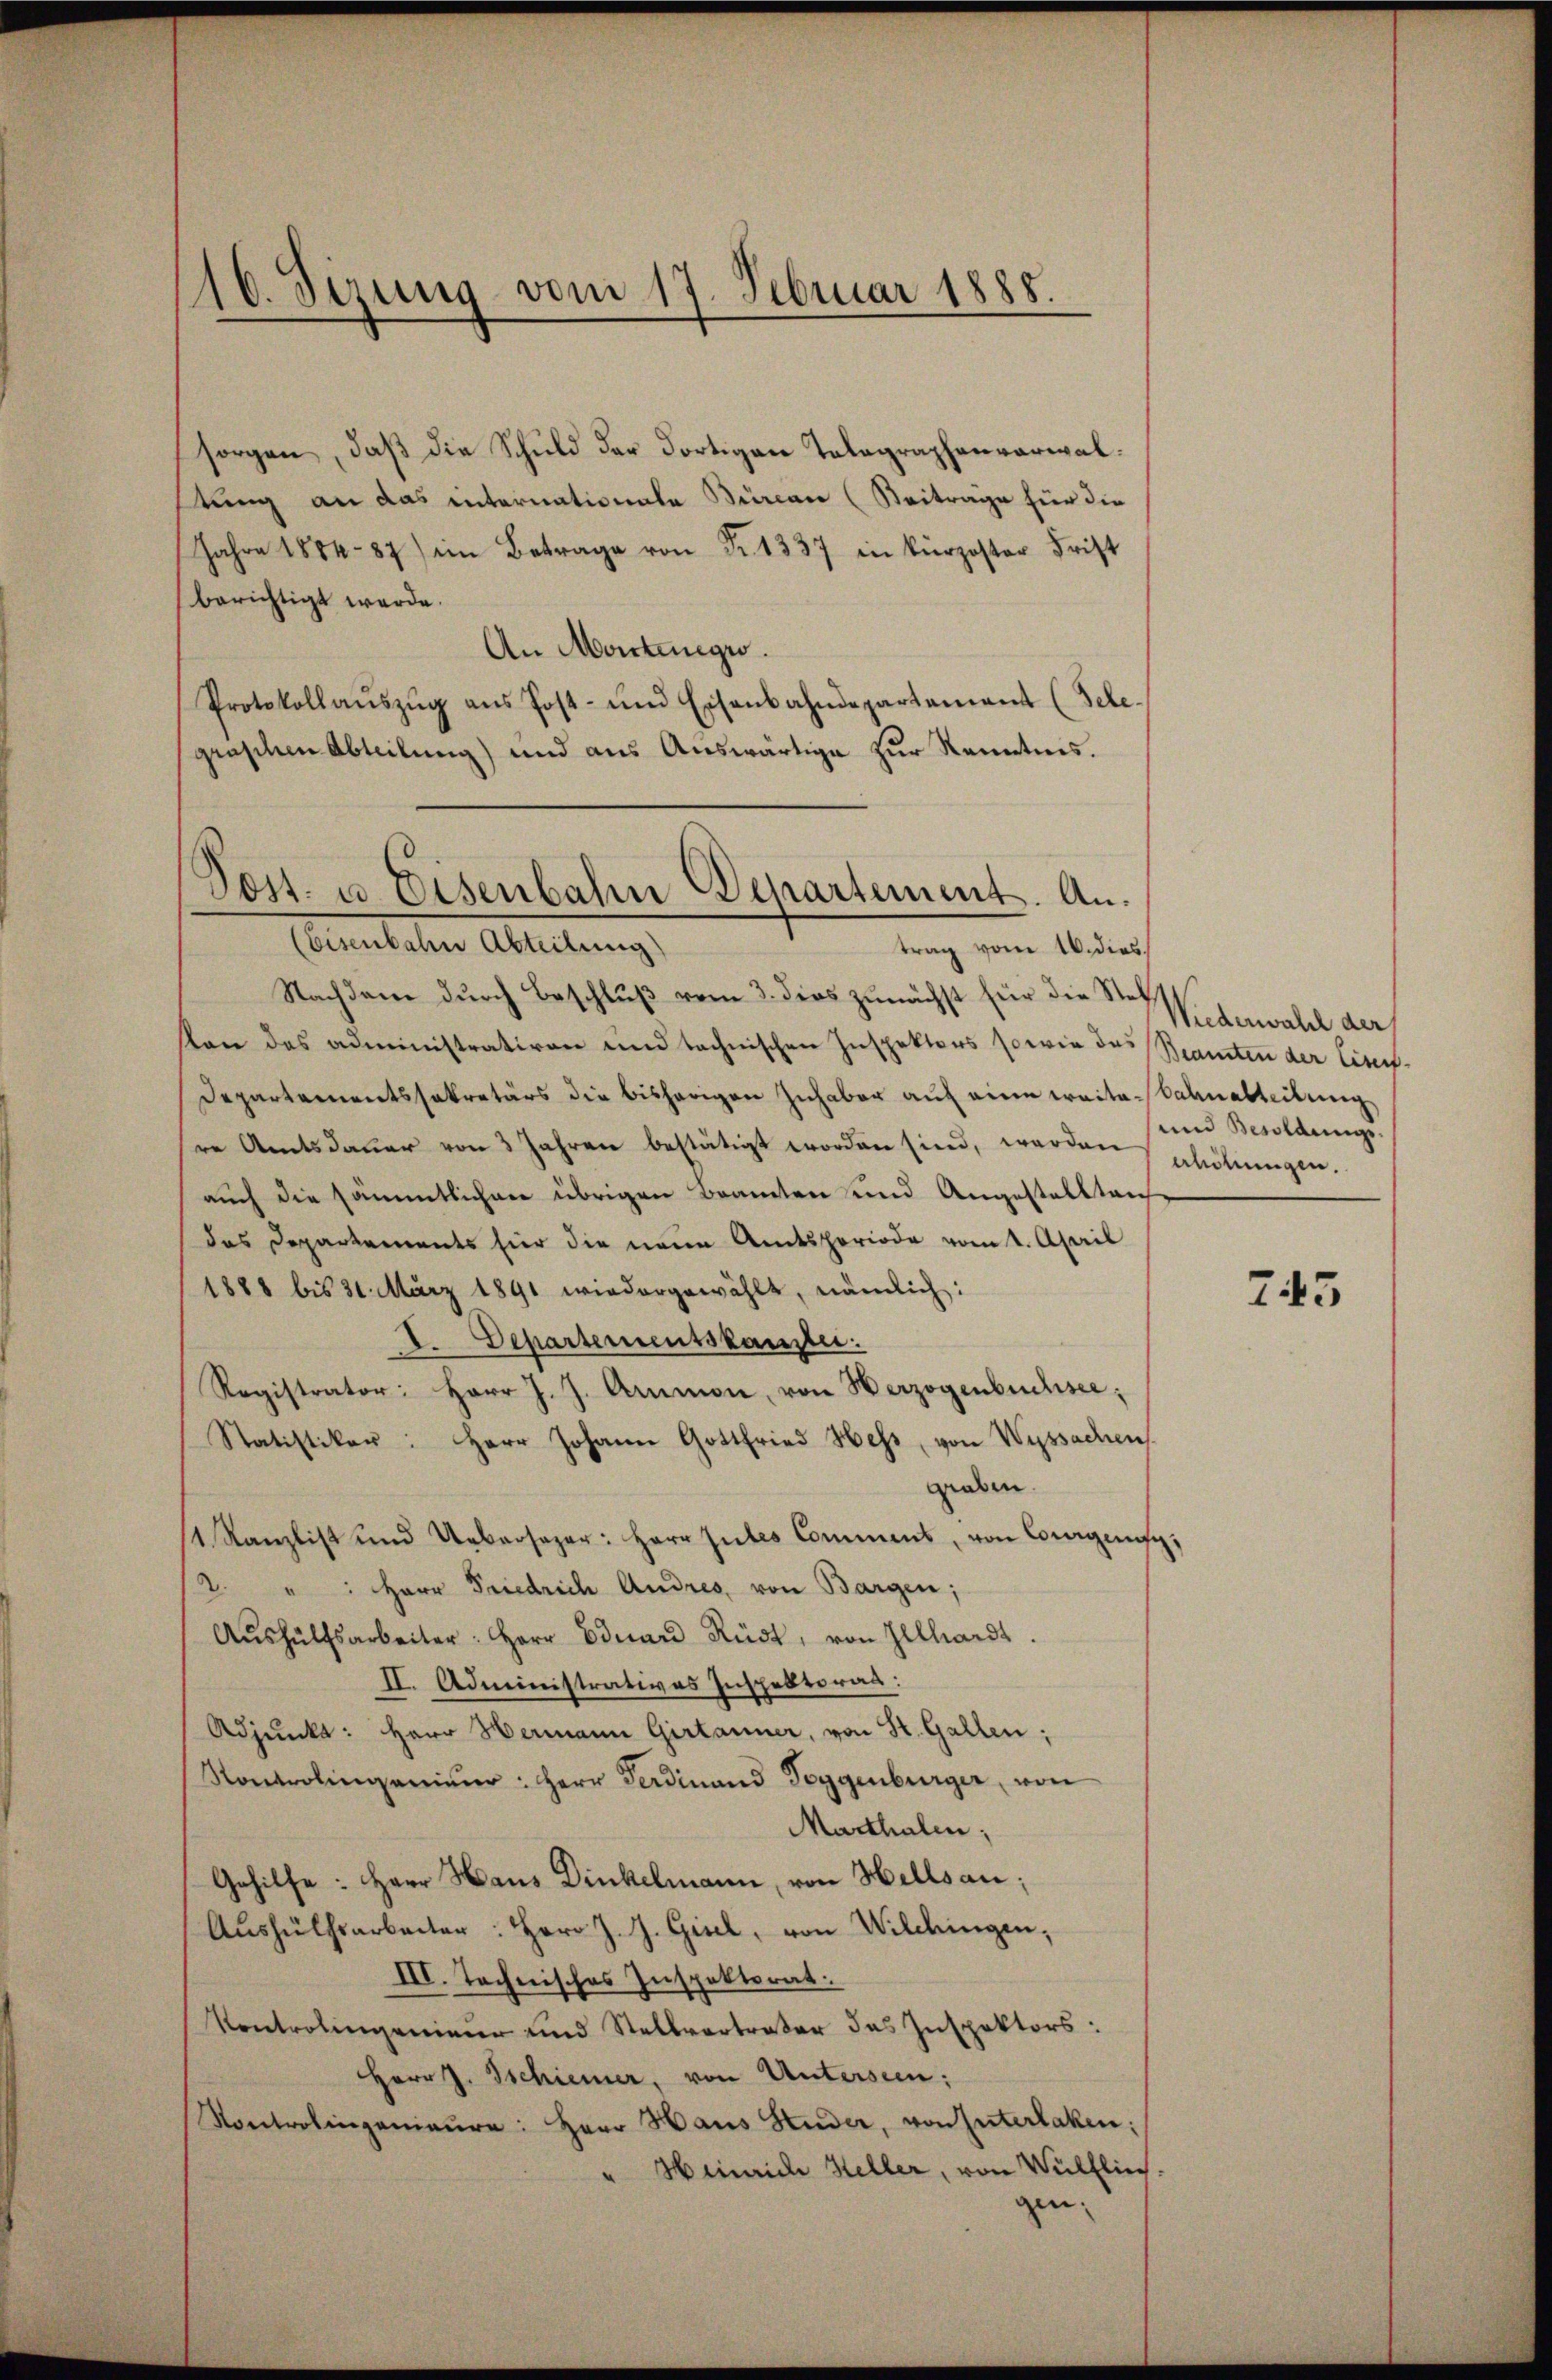
16. Sizung vom 17. Februar 1888.

sorgen, daß die Schuld der dortigen Telegraphenverwaltung an das internationate Bürcan (Beitrage für die
Jahre 1884- 87) im Betrage von Fr. 1337 in kürzester Frist
berichtigt werde.
An Montinge.
Protokollaŭszŭg ans Post- und Eisenbahndepartement (Sche-
graphen Abteilung) und aus Auswärtige zur Kenntnis.
trag vom 16. dies
Nachdem durch Beschluß vom 3. dies zunächst für die Stelton des administrativen und technischen Inspektors so wie das Beamten der Eiser-
Departementssekretärs die bisherigen Inhaber auf eine weite-Salnabteilung
re Amtsdauer von 3 Jahren bestätigt worden sind, werden
auch die sämmtlichen übrigen Beamten und Angestellten
das Departements für die neue Amtsperiode vom 1. April
1888 bis 31. März 1891 wiedergewählt, nämlich:
I. Departementskannte.
Registrator: Herr J. J. Ammon, von Herzogenbuchsee,
Statistiker: Herr Johann Gottfried Hess, von Wyssachen
graben.
11. Kanzlist und Uebersager: Herr Gutes Comment, von Gegens,
2. " " Herr Friedrich Andres, von Bargen;
Aŭshülfsarbeiter: Herr Eduard Rüdt, von Illhardt.
II. Administratives Inspektorat:
Adjunkt: Herr Hermann Girtanner, von St. Gallen;
Kontrolingenieŭr: Herr Ferdinand Toggenburger, von
Marthalen;
Gehilfe: Herr Haus Dinkelmann, von Hellsau;
Aushülfsarbeiter: Herr J. J. Gisel, von Wildingen,
III. Technisches Inspektorat:
Kontrolingenieur und Stellvertreter das Inspektors:
Herr J. Tschiener, von Untersten:
Kontrolingenieŭre: Herr Haus Huder, von Interlaken;
Hinrich Heller, von Wülflin.
gen:

Post. u. Eisenbahn Departement. An¬
(Eisenbahn Abteilung)

Wiederwahl der
und Besoldungsahöhungen.

745